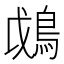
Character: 𩿰